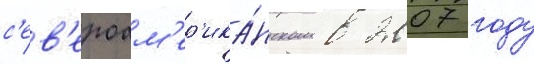
с'ев'ероам'ер'ика́нском в 2007 году